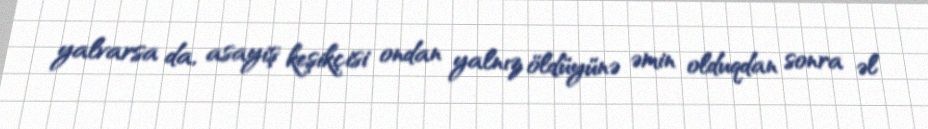
yalvarsa da, asayiş keşikçisi ondan yalnız öldüyünə əmin olduqdan sonra əl